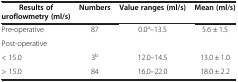
<table><thead><tr><td><b>Results of uroflowmetry (ml/s)</b></td><td><b>Numbers</b></td><td><b>Value ranges (ml/s)</b></td><td><b>Mean (ml/s)</b></td></tr></thead><tbody><tr><td>Pre-operative</td><td>87</td><td>0.0<sup>a</sup>–13.5</td><td>5.6 ± 1.5</td></tr><tr><td>Post-operative</td><td> </td><td> </td><td> </td></tr><tr><td>&lt; 15.0</td><td>3<sup>b</sup></td><td>12.0–14.5</td><td>13.0 ± 1.0</td></tr><tr><td>&gt; 15.0</td><td>84</td><td>16.0–22.0</td><td>18.0 ± 2.2</td></tr></tbody></table>